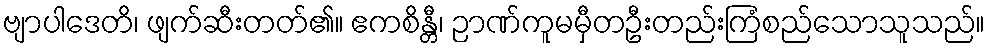
ဗျာပါဒေတိ၊ ဖျက်ဆီးတတ်၏။ ဧကစိန္တီ၊ ဉာဏ်ကူမမှီတဦးတည်းကြံစည်သောသူသည်။